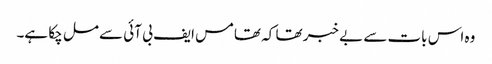
وہ اس بات سے بے خبر تھا کہ تھامس ایف بی آئی سے مل چکا ہے۔